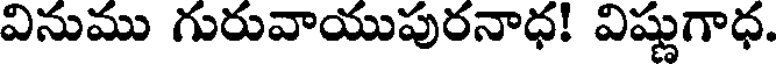
వినుము గురువాయుపురనాధ! విష్ణుగాధ.